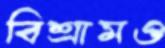
বিশ্রামও